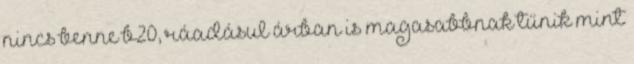
nincs benne b20, ráadásul árban is magasabbnak tűnik mint